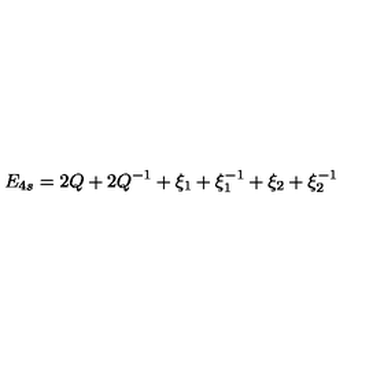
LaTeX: E _ { 4 s } = 2 Q + 2 Q ^ { - 1 } + \xi _ { 1 } + \xi _ { 1 } ^ { - 1 } + \xi _ { 2 } + \xi _ { 2 } ^ { - 1 }